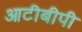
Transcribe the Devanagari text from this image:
आटीबीपी